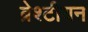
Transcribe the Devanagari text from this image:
ब्रेश्टीयन